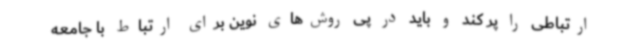
ارتباطی را پر کند و باید در پی روش‌های نوین برای ارتباط با جامعه